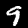
Label: 9